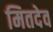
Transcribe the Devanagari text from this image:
मितदेव